Elephants and their diseases
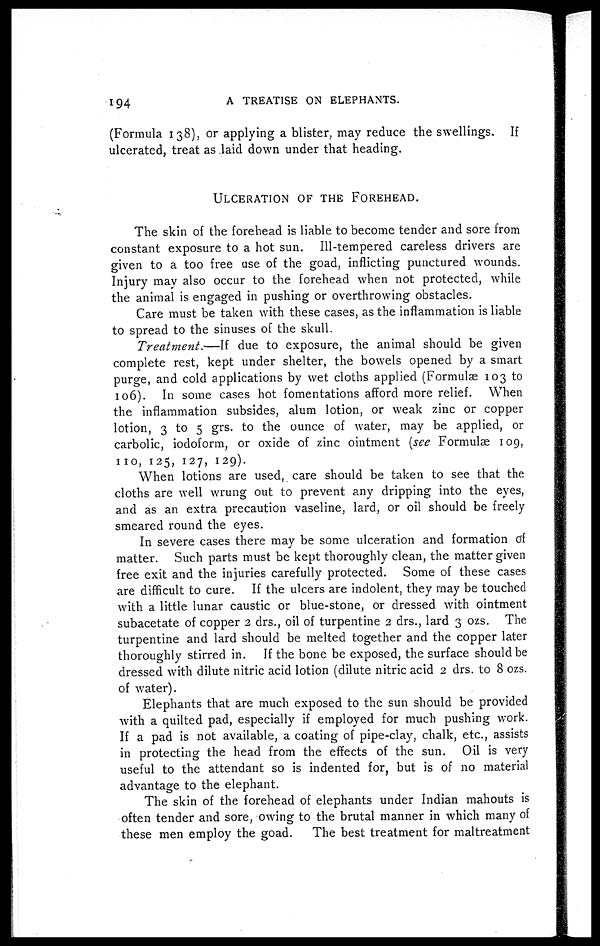
194
A
TREATISE ON ELEPHANTS.
(Formula 138), or applying a blister, may reduce the swellings. If
ulcerated, treat as laid down under that heading.
ULCERATION OF THE FOREHEAD.
The skin of the forehead is liable to become tender and sore from
constant exposure to a hot sun. Ill-tempered careless drivers are
given to a too free use of the goad, inflicting punctured wounds.
Injury may also occur to the forehead when not protected, while
the animal is engaged in pushing or overthrowing obstacles.
Care must be taken with these cases, as the inflammation is liable
to spread to the sinuses of the skull.
Treatment.—If
due to exposure, the animal should be given
complete rest, kept under shelter, the bowels opened by a smart
purge, and cold applications by wet cloths applied (Formulas 103 to
106). In some cases hot fomentations afford more relief. When
the inflammation subsides, alum lotion, or weak zinc or copper
lotion, 3 to 5 grs. to the ounce of water, may be applied, or
carbolic, iodoform, or oxide of zinc ointment (see Formulas 109,
no, 125, 127,
129).
When lotions are used, care should be taken to see that the
cloths are well wrung out to prevent any dripping into the eyes,
and as an extra precaution vaseline, lard, or oil should be freely
smeared round the eyes.
In severe cases there may be some ulceration and formation at
matter. Such parts must be kept thoroughly clean, the matter given
free exit and the injuries carefully protected. Some of these cases
are difficult to cure. If the ulcers are indolent, they may be touched
with a little lunar caustic or blue-stone, or dressed with ointment
subacetate of copper 2 drs., oil of turpentine 2 drs., lard 3 ozs. The
turpentine and lard should be melted together and the copper later
thoroughly stirred in. If the bone be exposed, the surface should be
dressed with dilute nitric acid lotion (dilute nitric acid 2 drs. to 8 ozs.
of water).
Elephants that are much exposed to the sun should be provided
with a quilted pad, especially if employed for much pushing work.
If a pad is not available, a coating of pipe-clay, chalk, etc., assists
in protecting the head from the effects of the sun. Oil is very
useful to the attendant so is indented for, but is of no material
advantage to the elephant.
The skin of the forehead of elephants under Indian mahouts is
often tender and sore, owing to the brutal manner in which many of
these men employ the goad.
The best treatment for maltreatment